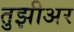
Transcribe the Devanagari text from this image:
तुझीअर